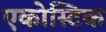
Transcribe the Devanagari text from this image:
एकोस्टिक